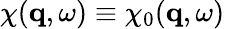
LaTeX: \chi(\mathbf{q},\omega)\equiv\chi_{0}(\mathbf{q},\omega)